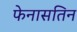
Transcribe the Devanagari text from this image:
फेनासतिन